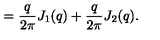
= \frac { q } { 2 \pi } J _ { 1 } ( q ) + \frac { q } { 2 \pi } J _ { 2 } ( q ) { . }